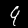
Label: 9